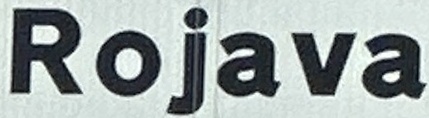
Rojava